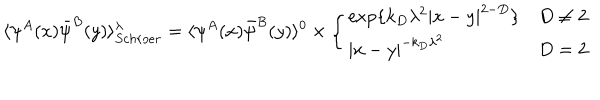
\langle \psi ^ { A } ( x ) \bar { \psi } ^ { B } ( y ) \rangle _ { S c h r o e r } ^ { \lambda } = \langle \psi ^ { A } ( x ) \bar { \psi } ^ { B } ( y ) \rangle ^ { 0 } \times \left\{ \begin{array} { l l } { { \exp \{ k _ { D } \lambda ^ { 2 } | x - y | ^ { 2 - D } \} } } & { { D \neq 2 } } \\ { { | x - y | ^ { - k _ { D } \lambda ^ { 2 } } } } & { { D = 2 } } \\ \end{array} \right.